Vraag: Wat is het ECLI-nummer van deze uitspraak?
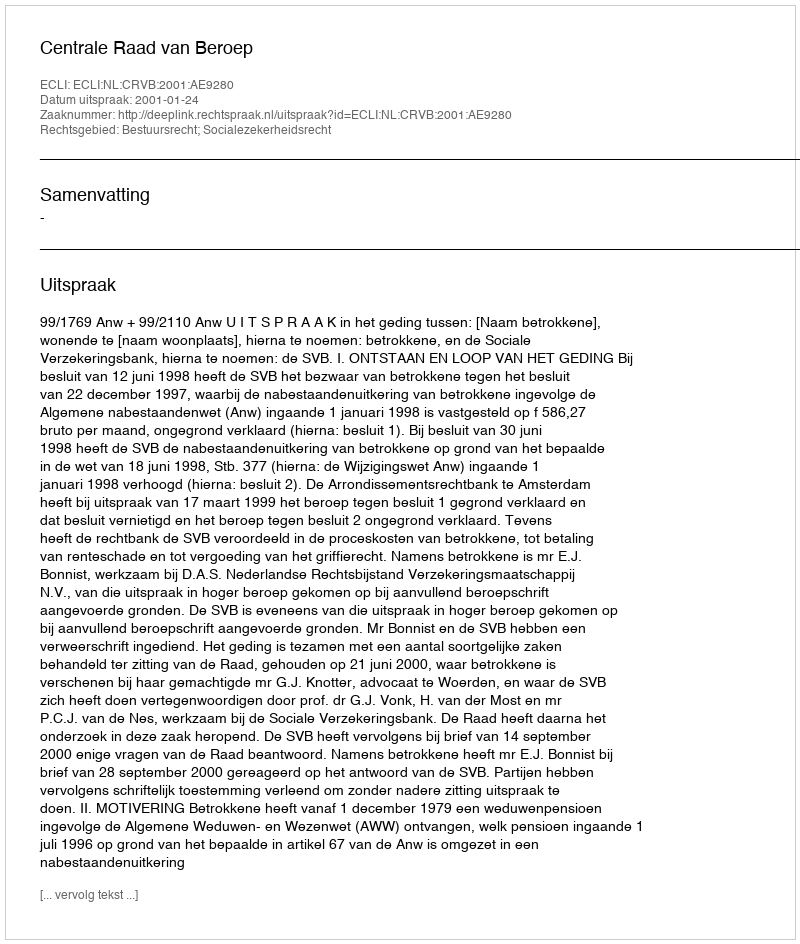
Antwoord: ECLI:NL:CRVB:2001:AE9280